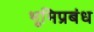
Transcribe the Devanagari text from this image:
भूमिप्रबंध